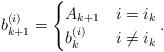
LaTeX: \begin{align*}b_{k + 1}^{(i)} = \begin{cases}A_{k + 1} & i = i_k\\b_k^{(i)} & i \neq i_k\end{cases}.\end{align*}